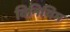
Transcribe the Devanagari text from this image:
विनियिम